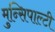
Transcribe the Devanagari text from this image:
मुन्सिपाल्टी